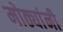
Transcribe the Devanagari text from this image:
मोठ्यांनी